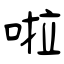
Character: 啦